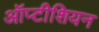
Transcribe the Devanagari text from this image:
ऑप्टीशियन